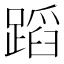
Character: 蹈